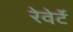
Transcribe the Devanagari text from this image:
रेवेर्टे